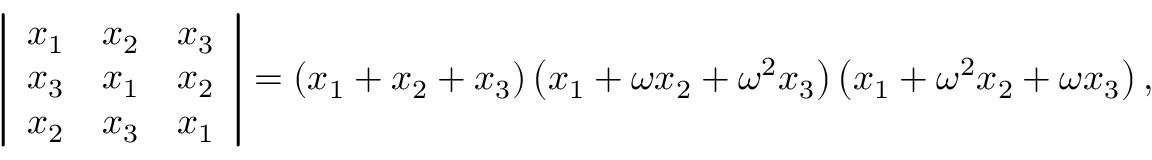
\left| { \begin{array} { c c c } { x _ { 1 } } & { x _ { 2 } } & { x _ { 3 } } \\ { x _ { 3 } } & { x _ { 1 } } & { x _ { 2 } } \\ { x _ { 2 } } & { x _ { 3 } } & { x _ { 1 } } \end{array} } \right| = \left( x _ { 1 } + x _ { 2 } + x _ { 3 } \right) \left( x _ { 1 } + \omega x _ { 2 } + \omega ^ { 2 } x _ { 3 } \right) \left( x _ { 1 } + \omega ^ { 2 } x _ { 2 } + \omega x _ { 3 } \right) ,